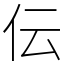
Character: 伝